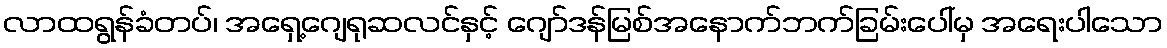
လာထရွန်ခံတပ်၊ အရှေ့ဂျေရုဆလင်နှင့် ဂျော်ဒန်မြစ်အနောက်ဘက်ခြမ်းပေါ်မှ အရေးပါသော